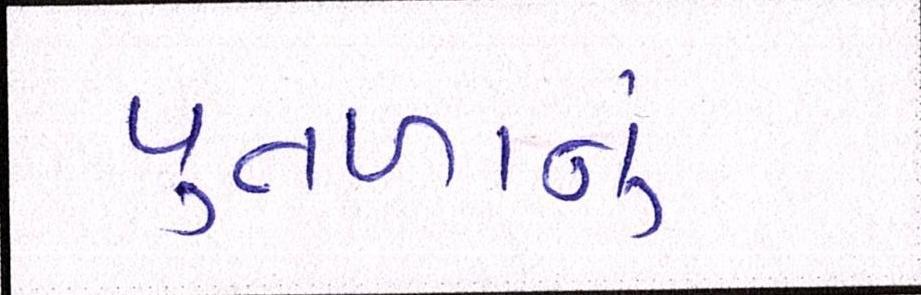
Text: પુતળાનું